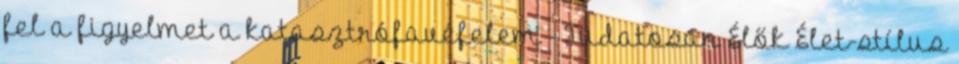
fel a figyelmet a katasztrófavéfelem - Tudatosan Élők Élet-stílus